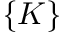
\{ K \}